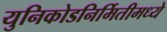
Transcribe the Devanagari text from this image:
युनिकोडनिर्मितीमध्ये